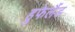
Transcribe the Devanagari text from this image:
हुफेलैंड